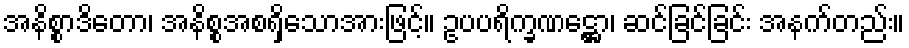
အနိစ္စာဒိတော၊ အနိစ္စအစရှိသောအားဖြင့်။ ဥပပရိက္ခဏဋ္ဌော၊ ဆင်ခြင်ခြင်း အနက်တည်း။